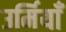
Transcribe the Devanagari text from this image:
उर्मियाँ